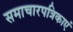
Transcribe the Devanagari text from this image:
समाचारपत्रिकाएं